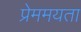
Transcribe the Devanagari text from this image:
प्रेममयता